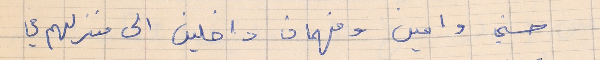
حسني وامين وفهمان داخلين الى منزلهم في